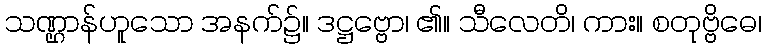
သဏ္ဌာန်ဟူသော အနက်၌။ ဒဋ္ဌဗ္ဗော၊ ၏။ သီလေတိ၊ ကား။ စတုဗ္ဗိဓေ၊